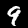
Digit: 9